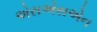
એસએસએન